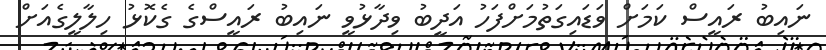
ނައިބު ރައީސް ކަމަށް ވަޑައިގަތުމަށްފަހު އަދީބު ވިދާޅުވީ ނައިބު ރައީސްގެ ގެކޮޅު ހިލާލީގެއަށް